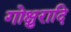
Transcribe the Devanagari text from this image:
गोक्षुरादि